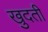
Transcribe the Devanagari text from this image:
खुदती